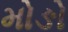
મોઙો